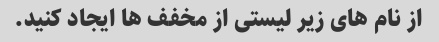
از نام های زیر لیستی از مخفف ها ایجاد کنید.